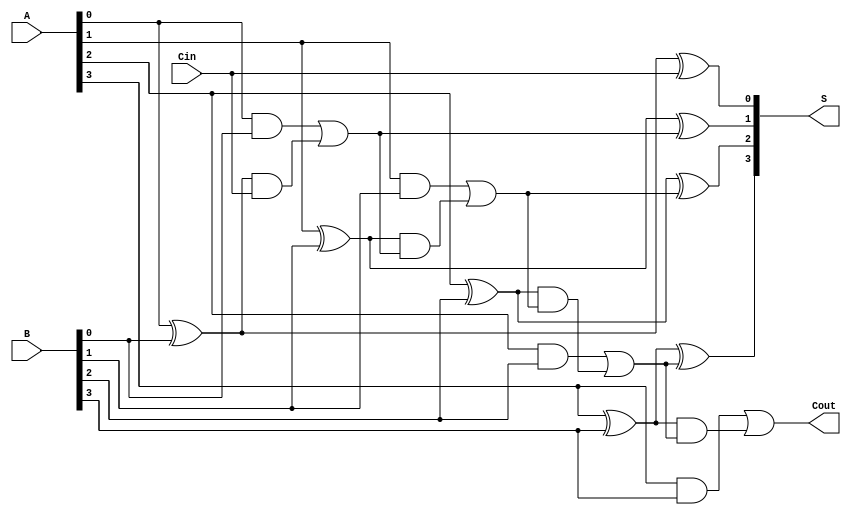
module CILA #(parameter N = 4) (
    input  wire [N-1:0] A,      // First binary number
    input  wire [N-1:0] B,      // Second binary number
    input  wire Cin,             // Carry-in
    output wire [N-1:0] S,       // Sum output
    output wire Cout             // Carry-out
);

    // Intermediate signals for generate and propagate
    wire [N-1:0] G; // Generate
    wire [N-1:0] P; // Propagate
    wire [N:0] C;   // Carry signals

    // Generate and Propagate calculations
    genvar i;
    generate
        for (i = 0; i < N; i = i + 1) begin : gen_prop
            assign G[i] = A[i] & B[i];         // Generate
            assign P[i] = A[i] ^ B[i];         // Propagate
        end
    endgenerate

    // Carry signal calculations
    assign C[0] = Cin; // Initial carry-in
    generate
        for (i = 1; i <= N; i = i + 1) begin : carry_calc
            assign C[i] = G[i-1] | (P[i-1] & C[i-1]); // Carry calculation
        end
    endgenerate

    // Sum calculation
    generate
        for (i = 0; i < N; i = i + 1) begin : sum_calc
            assign S[i] = P[i] ^ C[i]; // Sum calculation
        end
    endgenerate

    // Carry-out
    assign Cout = C[N]; // Final carry-out

endmodule